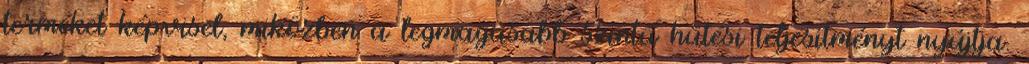
terméket képvisel, miközben a legmagasabb szintű hűtési teljesítményt nyújtja.